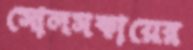
সোলসকায়ের